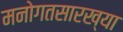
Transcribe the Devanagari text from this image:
मनोगतसारख्या